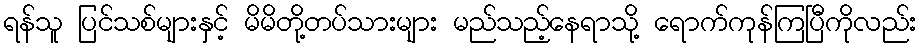
ရန်သူ ပြင်သစ်များနှင့် မိမိတို့တပ်သားများ မည်သည့်နေရာသို့ ရောက်ကုန်ကြပြီကိုလည်း